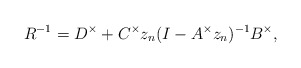
\begin{align*} R^{-1}=D^\times +C^\times z_n(I-A^\times z_n)^{-1}B^\times,\end{align*}